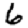
Digit: 6